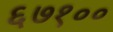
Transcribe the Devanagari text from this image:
६७१००